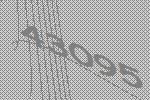
43095